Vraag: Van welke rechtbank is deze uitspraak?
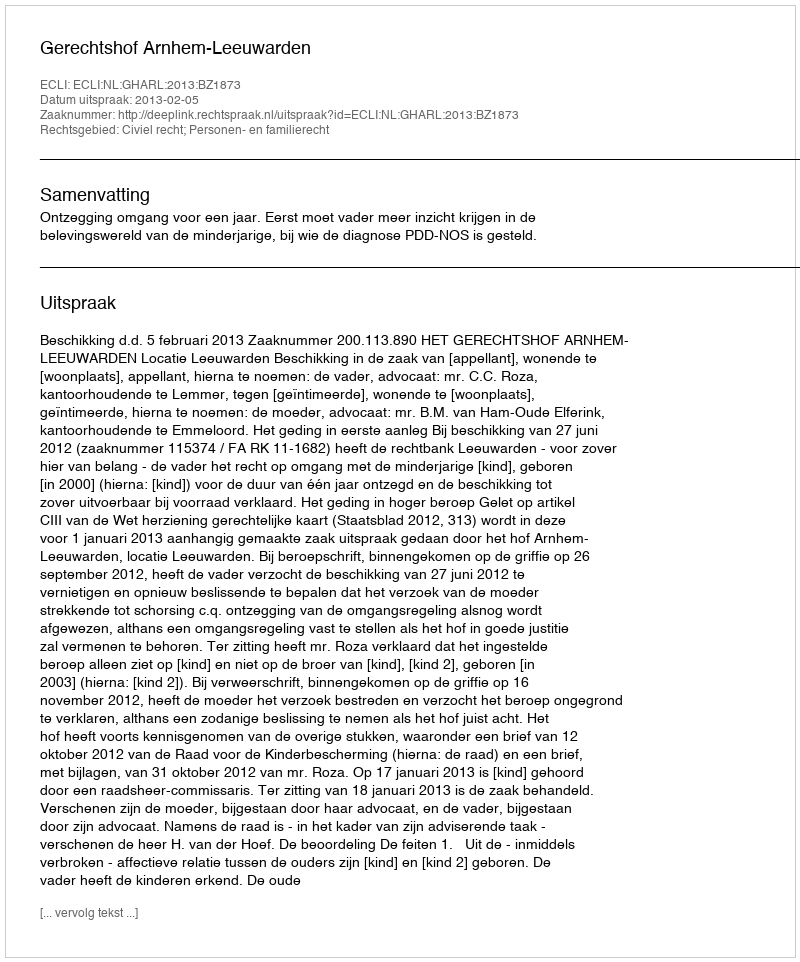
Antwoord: Gerechtshof Arnhem-Leeuwarden